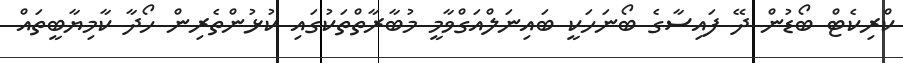
ކްރިކެޓް ބޯޑުން ދޭ ފައިސާގެ ބޯނަހަކީ ބައިނަލްއަގްވާމީ މުބާރާތްތަކުގައި ކުޅުންތެރިން ހޯދާ ކާމިޔާބީތައް